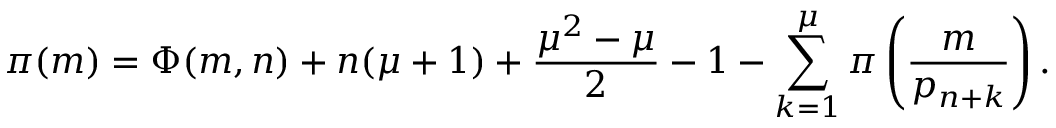
\pi ( m ) = \Phi ( m , n ) + n ( \mu + 1 ) + { \frac { \mu ^ { 2 } - \mu } { 2 } } - 1 - \sum _ { k = 1 } ^ { \mu } \pi \left( { \frac { m } { p _ { n + k } } } \right) .